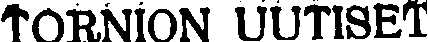
TORNION UUTISET